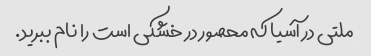
ملتی در آسیا که محصور در خشکی است را نام ببرید.